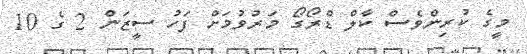
މީގެ ކުރިންވެސް ކާލް ޑްރޯގޯ މަރުވުމަށް ފަހު ސީޒަން 2 ގެ 10